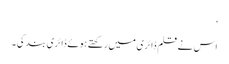
‘
اس نے قلم ڈائری میں رکھتے ہوئے ڈائری بند کی ۔